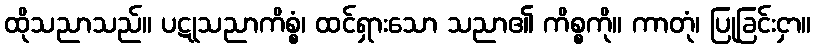
ထိုသညာသည်။ ပဋုသညာကိစ္စံ၊ ထင်ရှားသော သညာ၏ ကိစ္စကို။ ကာတုံ၊ ပြုခြင်းငှာ။